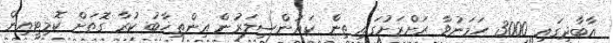
އާބާދީގައި 3000 ހަމަނުވާ ރަށްރަށުގައި ތިން ކައުންސިލަރުން އިންތިޚާބު ކުރާ ގޮތަށް ކޮމިޓީއިން